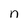
Character: n